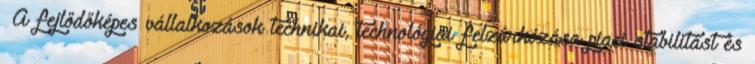
▪A fejlődőképes vállalkozások technikai, technológiai felzárkózása piaci stabilitást és